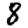
Digit: 8